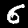
Label: 6